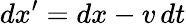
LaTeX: dx^{\prime}=dx-v\, dt